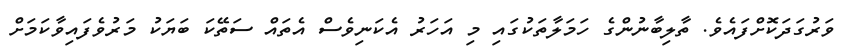
ވަރުގަދަކޮށްފައެވެ. ތާލިބާނުންގެ ހަމަލާތަކުގައި މި އަހަރު އެކަނިވެސް އެތައް ސަތޭކަ ބަޔަކު މަރުވެފައިވާކަމަށް